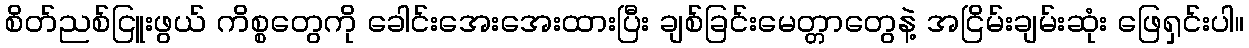
စိတ်ညစ်ငြူးဖွယ် ကိစ္စတွေကို ခေါင်းအေးအေးထားပြီး ချစ်ခြင်းမေတ္တာတွေနဲ့ အငြိမ်းချမ်းဆုံး ဖြေရှင်းပါ။